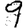
Digit: 9